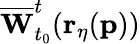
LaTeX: \overline{{\mathbf{W}}}_{t_{0}}^{t}(\mathbf{r_{\eta}}(\mathbf{p}))